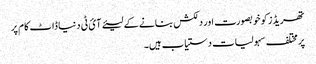
تھریڈز کو خوبصورت اور دلکش بنانے کے لیئے آئ ٹی دنیا ڈاٹ کام پر
پر مختلف سہولیات دستیاب ہیں۔